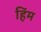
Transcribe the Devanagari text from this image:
हिंम